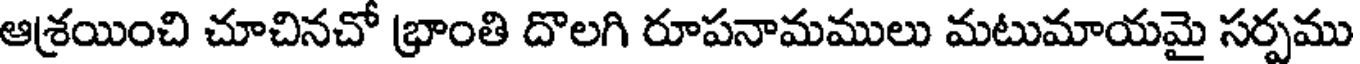
ఆశ్రయించి చూచినచో భ్రాంతి దొలగి రూపనామములు మటుమాయమై సర్పము